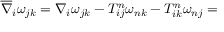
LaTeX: \overline { { { \nabla } } } _ { i } \omega _ { j k } = \nabla _ { i } \omega _ { j k } - T _ { i j } ^ { n } \omega _ { n k } - T _ { i k } ^ { n } \omega _ { n j } =